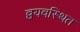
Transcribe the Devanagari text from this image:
व्वयवस्थित